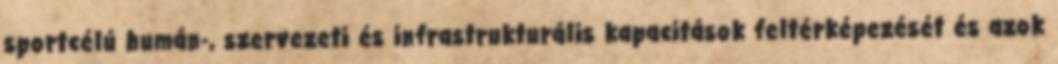
sportcélú humán-, szervezeti és infrastrukturális kapacitások feltérképezését és azok